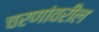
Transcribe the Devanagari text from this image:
चरणांवरील